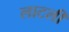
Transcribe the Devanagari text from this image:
लाटली